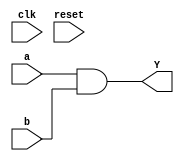
module tt_um_and(
input clk,
input reset,
input [7:0] a, b,
output[7:0] Y
);
 
assign Y = a & b;


endmodule